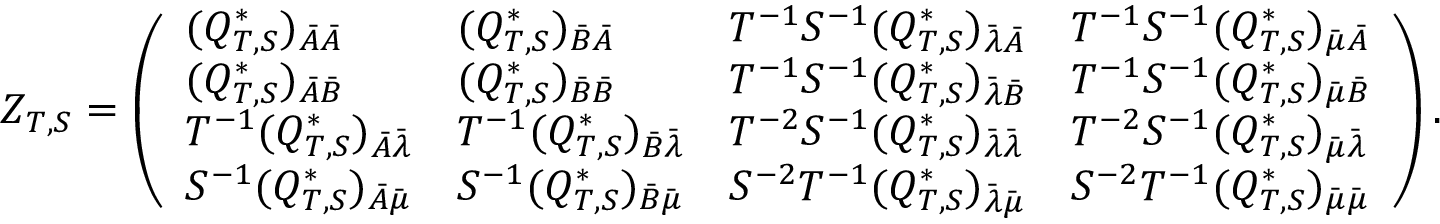
Z _ { T , S } = \left( \begin{array} { l l l l } { ( Q _ { T , S } ^ { * } ) _ { \bar { A } \bar { A } } } & { ( Q _ { T , S } ^ { * } ) _ { \bar { B } \bar { A } } } & { T ^ { - 1 } S ^ { - 1 } ( Q _ { T , S } ^ { * } ) _ { \bar { \lambda } \bar { A } } } & { T ^ { - 1 } S ^ { - 1 } ( Q _ { T , S } ^ { * } ) _ { \bar { \mu } \bar { A } } } \\ { ( Q _ { T , S } ^ { * } ) _ { \bar { A } \bar { B } } } & { ( Q _ { T , S } ^ { * } ) _ { \bar { B } \bar { B } } } & { T ^ { - 1 } S ^ { - 1 } ( Q _ { T , S } ^ { * } ) _ { \bar { \lambda } \bar { B } } } & { T ^ { - 1 } S ^ { - 1 } ( Q _ { T , S } ^ { * } ) _ { \bar { \mu } \bar { B } } } \\ { T ^ { - 1 } ( Q _ { T , S } ^ { * } ) _ { \bar { A } \bar { \lambda } } } & { T ^ { - 1 } ( Q _ { T , S } ^ { * } ) _ { \bar { B } \bar { \lambda } } } & { T ^ { - 2 } S ^ { - 1 } ( Q _ { T , S } ^ { * } ) _ { \bar { \lambda } \bar { \lambda } } } & { T ^ { - 2 } S ^ { - 1 } ( Q _ { T , S } ^ { * } ) _ { \bar { \mu } \bar { \lambda } } } \\ { S ^ { - 1 } ( Q _ { T , S } ^ { * } ) _ { \bar { A } \bar { \mu } } } & { S ^ { - 1 } ( Q _ { T , S } ^ { * } ) _ { \bar { B } \bar { \mu } } } & { S ^ { - 2 } T ^ { - 1 } ( Q _ { T , S } ^ { * } ) _ { \bar { \lambda } \bar { \mu } } } & { S ^ { - 2 } T ^ { - 1 } ( Q _ { T , S } ^ { * } ) _ { \bar { \mu } \bar { \mu } } } \end{array} \right) .